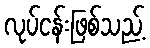
လုပ်ငန်းဖြစ်သည့်